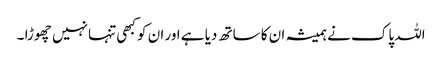
اللہ پاک نے ہمیشہ ان کا ساتھ دیا ہے اور ان کو کبھی تنہا نہیں چھوڑا ۔